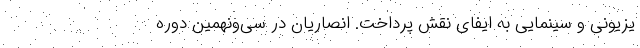
یزیونی و سینمایی به ایفای نقش پرداخت. انصاریان در سی‌ونهمین دوره